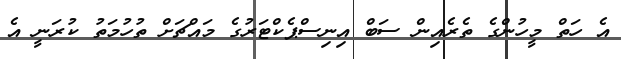
އެ ހަތް މީހުންގެ ތެރެއިން ސަބް އިނިސްޕެކްޓަރުގެ މައްޗަށް ތުހުމަތު ކުރަނީ އެ